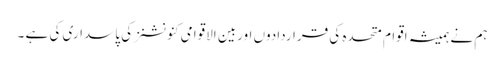
ہم نے ہمیشہ اقوام متحدہ کی قراردادوں اوربین الاقوامی کنونشنز کی پاسداری کی ہے ۔